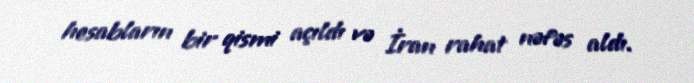
hesabların bir qismi açıldı və İran rahat nəfəs aldı.